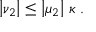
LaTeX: \left| \nu _ { 2 } \right| \leq \left| \mu _ { 2 } \right| \, \kappa \; .